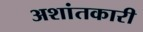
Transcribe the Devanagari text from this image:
अशांतकारी